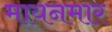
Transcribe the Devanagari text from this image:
मायनमार